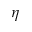
\eta